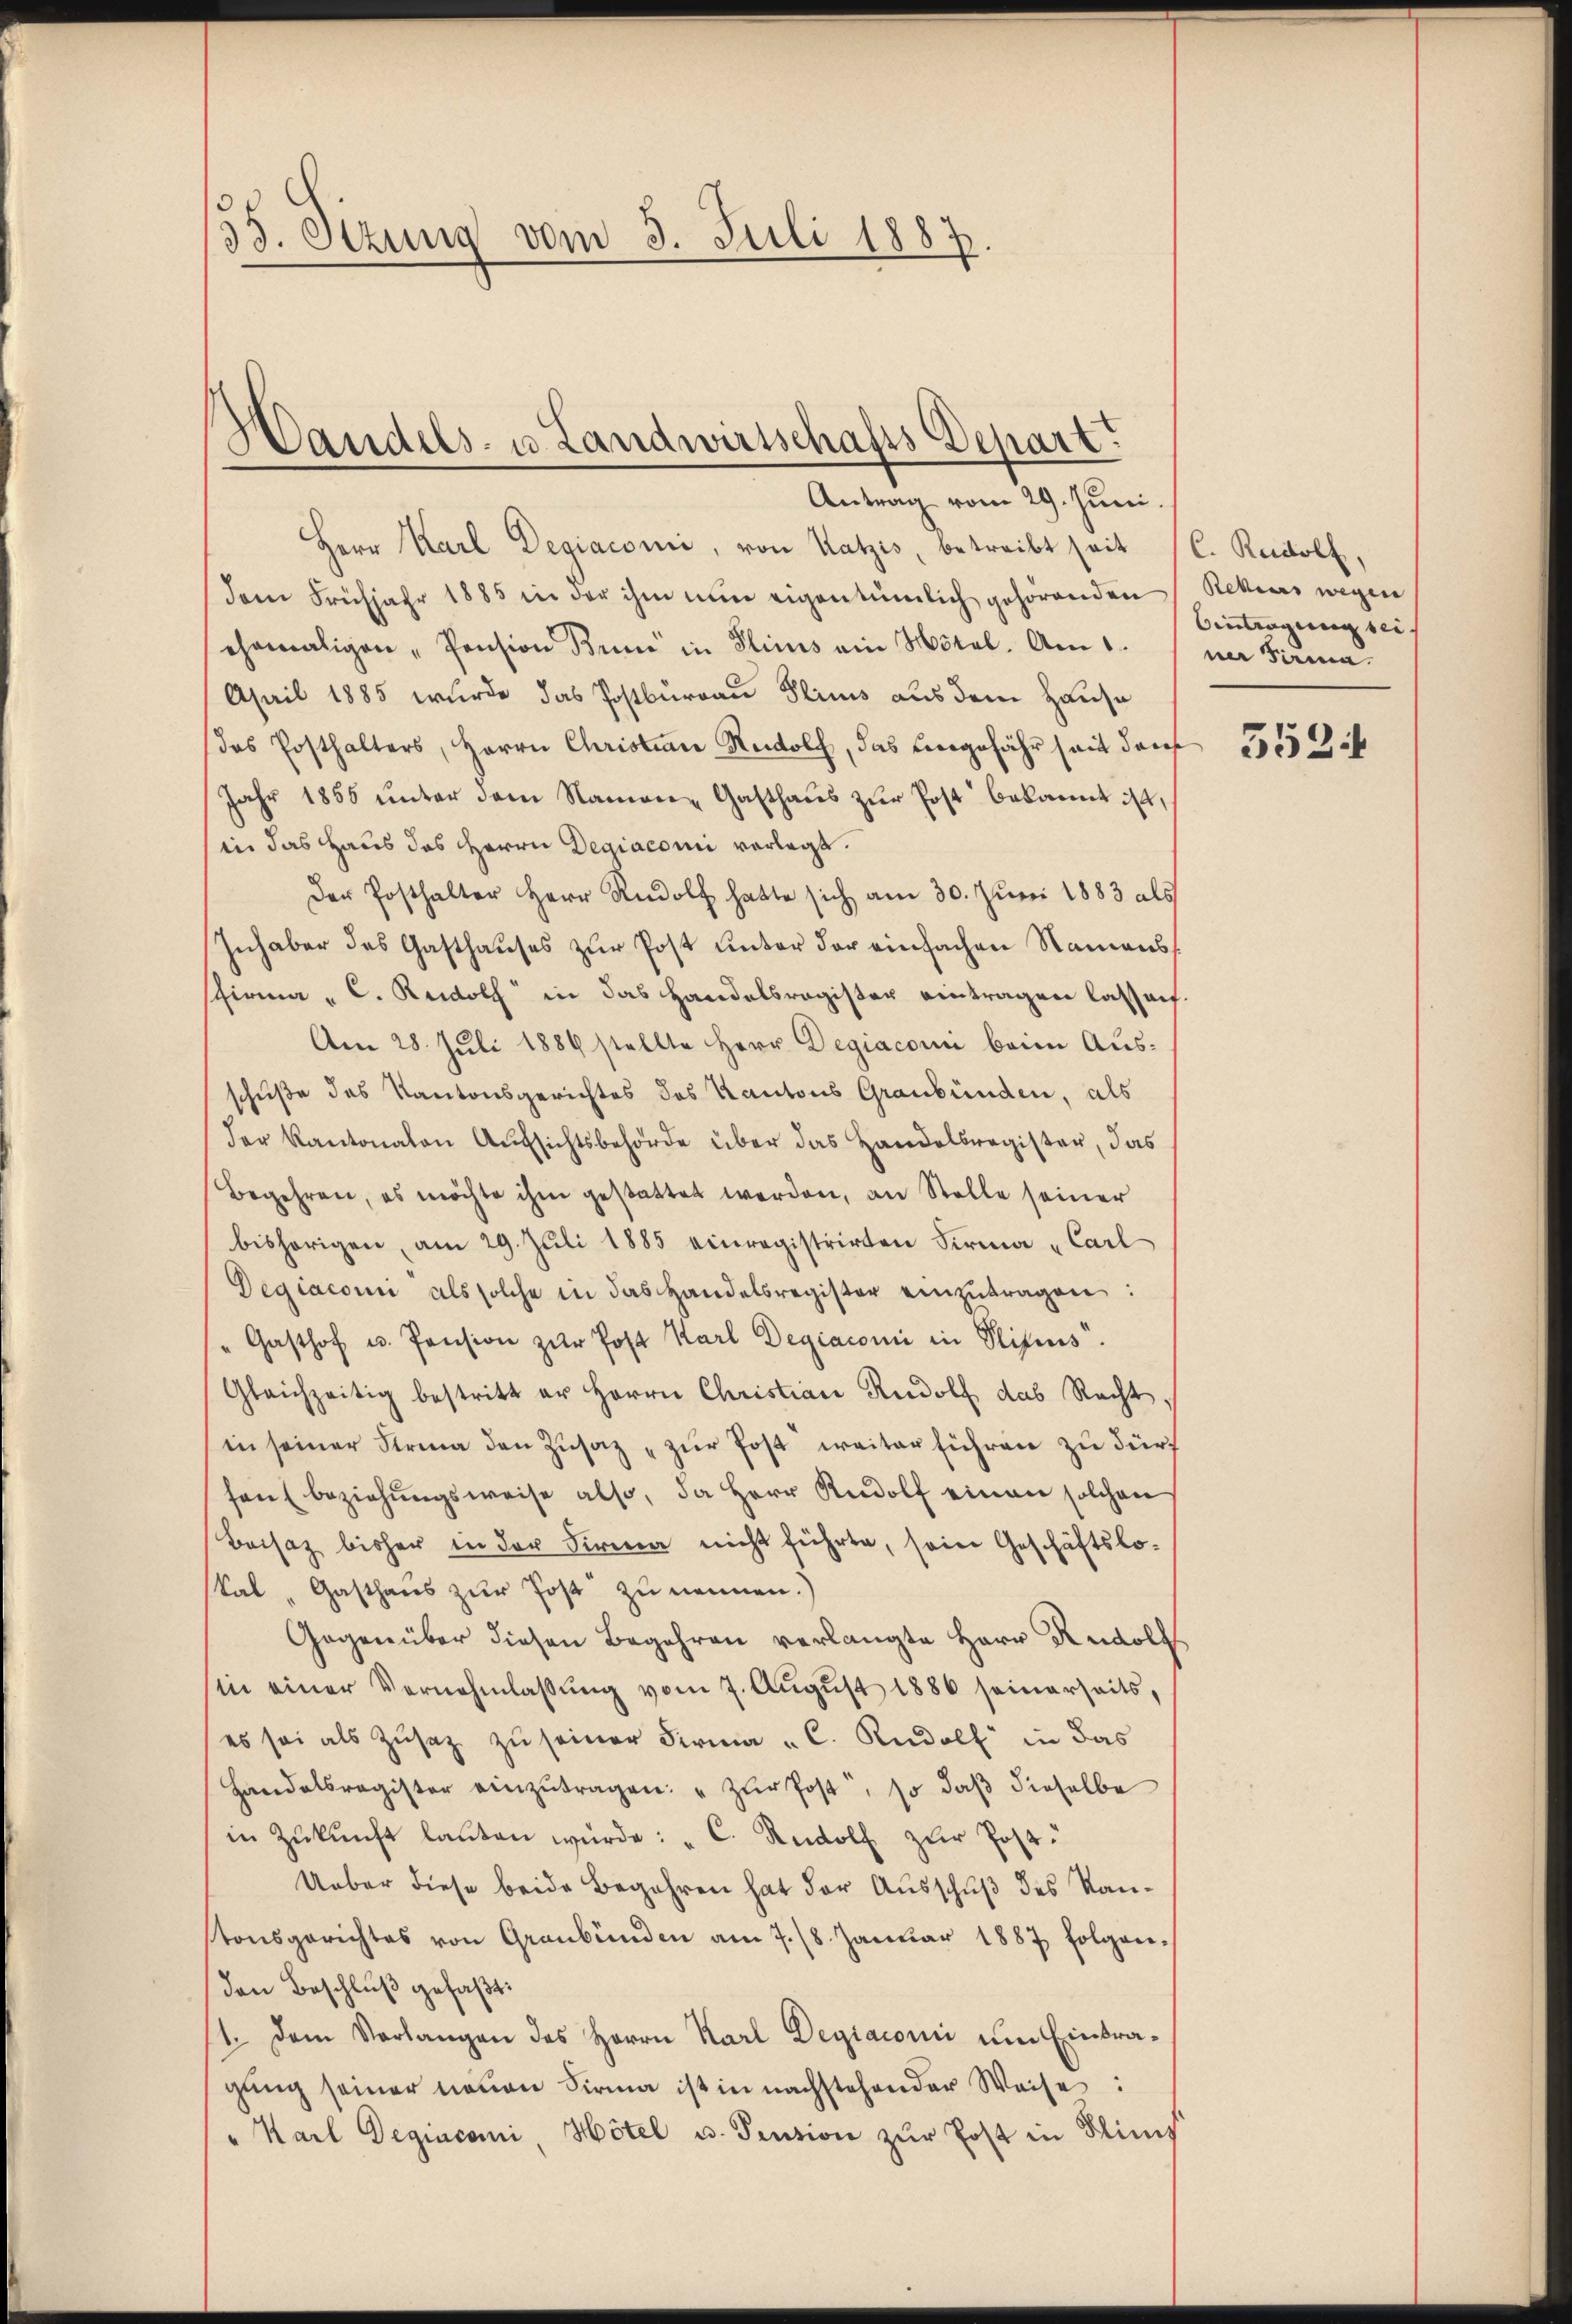
55. Sizung vom 3. Juli 1887

Handels- u. Landwirtschafts Depart.

Antrag vom 29. Juni.
Herr Karl Degiaconi, von Katzes, betreibt seit (C. Rudolf,
dem Frühjahr 1885 in der ihm nun eigentümlich gehörenden Rekurs wegen
ehemaligen "Pension Bund in Plinis ein Hotel. Am 1.
April 1885 wurde das Postbureau Plinis aus dem Hause
das Posthalters, Herrn Christian Rudolf, das eingefähr seit darf
Jahr 1855 ŭnter dem Namen Gasthaŭs zŭr Post bekannt ist,
in das Haus des Herrn Degiaconi vorlegt.
Der Posthalter Herr Rudolf hatte sich am 30. Jŭni 1883 als
Inhaber des Gasthaŭses zŭr Post ŭnter der einfachen Namenss
Schirma „ C. Rudolf in das Handelsregister eintragen lassen.
Am 28. Juli 1889 stellte Herr Degiaconi beim Ausschuße des Kantonsgerichtes des Kantons Graubünden, als
der Kantonalen Aŭfsichtsbehörde über das Handelsregister, das
Begehren, es möchte ihm gestattet werden, an Stelle seiner
bisherigen, am 29. Juli 1885 einregistrirten Firma Carl
Degiaconi als solche in das Handelsregister einzŭtragen:
Gasthof u. Pension zur Post Karl Degiaconi in Stifers.
Gleichzeitig bestritt er Herrn Christian Rudolf das Recht.
in seiner Stria den Zŭsatz zŭr Post weiter führen zu dürf
hens beziehŭngsweise also, da Herr Rudolf einen solchen
Beisaz bisher in der Firma nicht führte, sein Geschäftslo-
kal „Gasthaus zur Post zu nennen.)
Gegenüber diesen Begehren verlangte Herr Rudolf
in einer Vernehmlassŭng vom 7. Aŭgŭst 1886 seinerseits,
es sei als Zŭsatz zu seiner Firma „C. Rudolf in das
Handelsregister einzŭtragen: " zŭr Post, so daβ dieselbe
in Zŭkŭnft laŭten würde: "C. Rudolf zur Post.
Ueber diese beide Begehren hat der Ausschuß des Kantonsgerichtes von Graubünden am 7. 18. Januar 1887 folgenden Beschluß gefaßt:
11. Dem Verlangen des Herrn Karl Degiaconi um Eintragŭng seiner neŭen Firma ist in nachstehender Weise:
" Karl Degiaconi, Hôtel u. Pension zur Post in Klinist

Eintragung sein
ner Firma.

552